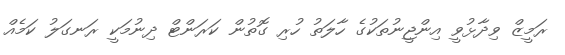
ރަމީޒް ވިދާޅުވީ އިންޖީނުތަކުގެ ހާލަތު ހުރި ގޮތުން ކަރަންޓް ދިނުމަކީ ރަނގަލު ކަމެއް